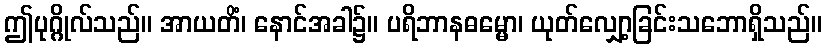
ဤပုဂ္ဂိုလ်သည်။ အာယတိံ၊ နောင်အခါ၌။ ပရိဘာနဓမ္မော၊ ယုတ်လျှော့ခြင်းသဘောရှိသည်။